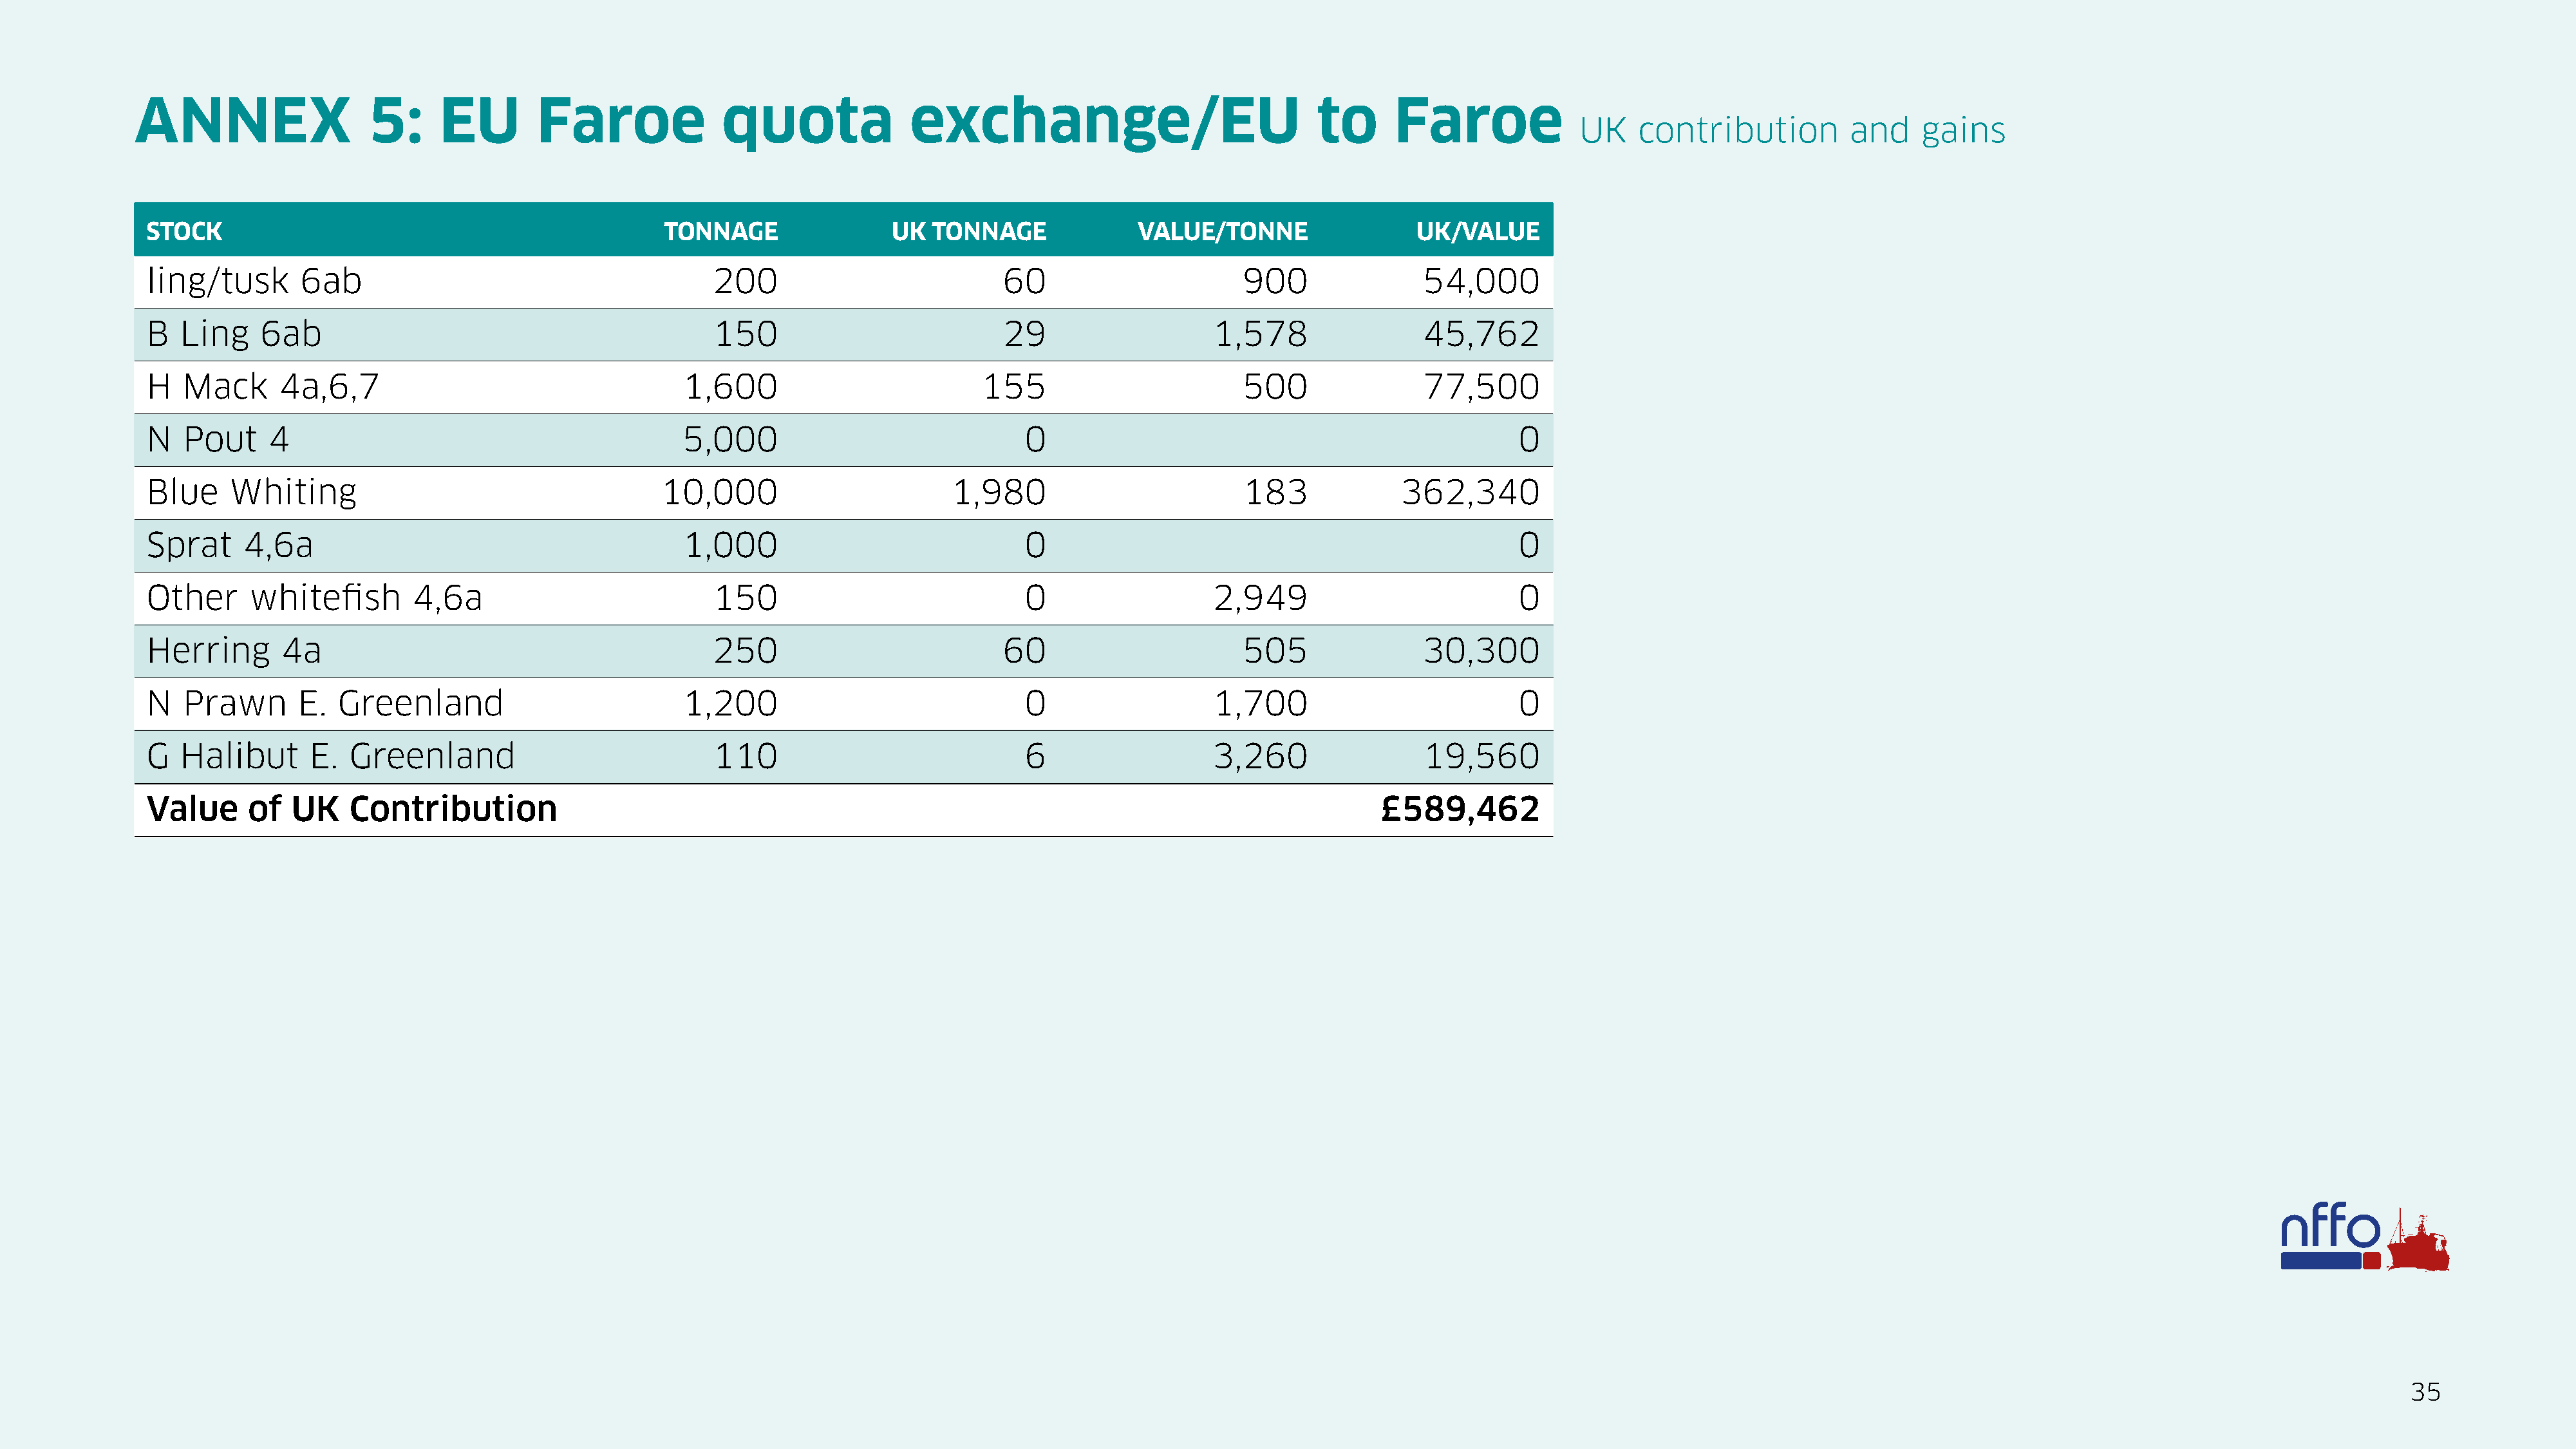
ANNEX                   5:     EU        Faroe              quota              exchange/EU                               to      Faroe
 UK    contribution          and    gains
 STOCK                                                TONNAGE                 UK  TONNAGE              VALUE/TONNE                  UK/VALUE
 ling/tusk       6ab                                       200                           60                       900               54,000
 B   Ling    6ab                                           150                           29                    1,578                45,762
 H   Mack      4a,6,7                                   1,600                          155                        500               77,500
 N   Pout     4                                         5,000                              0                                                  0
 Blue     Whiting                                     10,000                        1,980                         183             362,340
 Sprat     4,6a                                         1,000                              0                                                  0
 Other      whitefish       4,6a                           150                             0                   2,949                          0
 Herring       4a                                          250                           60                       505               30,300
 N   Prawn       E.  Greenland                          1,200                              0                   1,700                          0
 G   Halibut      E.  Greenland                            110                             6                   3,260                19,560
 Value     of   UK    Contribution                                                                                              £589,462
 35
 BREXIT BALANCE  SHEET A Report on Fishing Industry Winners and Losers published by NFFO